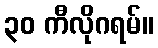
၃၀ ကီလိုဂရမ်။